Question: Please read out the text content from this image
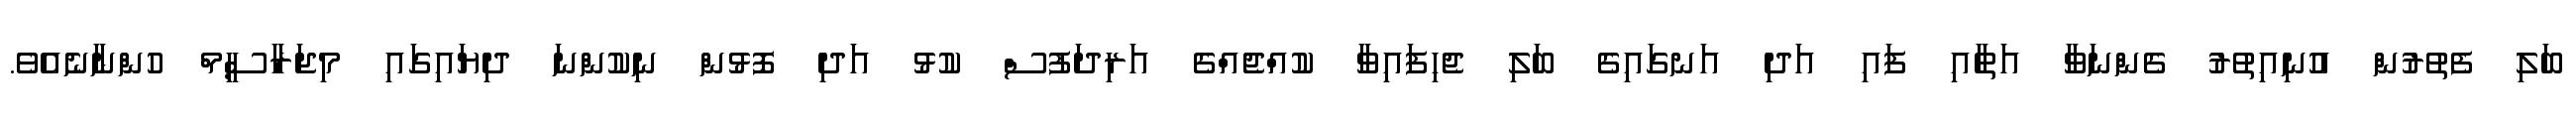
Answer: ބަލި ފެތުރުން އުނިއިތުރު ގެންނަވާ އަތާއި ފައި އަދި އަނގައިގެ ބަލި ޖެހިފައިވާ ކުއްޖެއްގެ އަރިދަފުސް ކުޅު އަދި ފޮޅުން ނިކުންނަ ދިޔައިގައި މިޖަރާސީމް ހުންނާނެއެވެ.